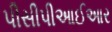
પીસીપીઆઈઆર